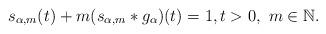
LaTeX: \begin{align*}s_{\alpha,m}(t) + m(s_{\alpha,m}*g_{\alpha})(t) = 1,t > 0,\,\,m\in\mathbb{N}.\end{align*}